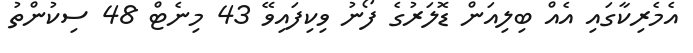
އެމެރިކާގައި އެއް ބިލިއަން ޑޮލަރުގެ ފޯނު ވިކިފައިވޭ 43 މިނެޓް 48 ސިކުންތު